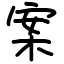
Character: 案